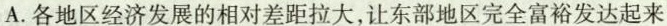
A.各地区经济发展的相对差距拉大，让东部地区完全富裕发达起来